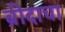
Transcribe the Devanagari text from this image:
ब्रीदाचा